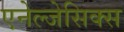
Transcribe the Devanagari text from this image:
एनेल्जेसिक्स